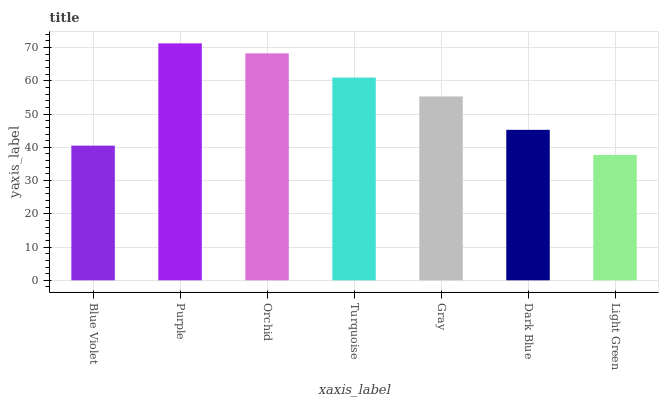
| xaxis_label | bars |
 | --- | --- |
 | Blue Violet | 40.5 |
 | Purple | 71.3 |
 | Orchid | 68.3 |
 | Turquoise | 61 |
 | Gray | 55.3 |
 | Dark Blue | 45.3 |
 | Light Green | 37.7 |